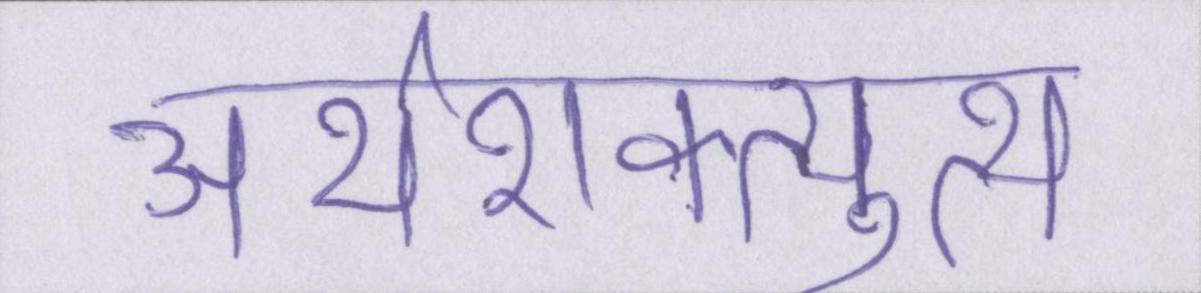
अर्थशक्त्युत्थ